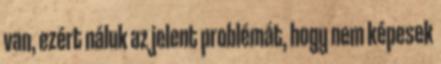
van, ezért náluk az jelent problémát, hogy nem képesek